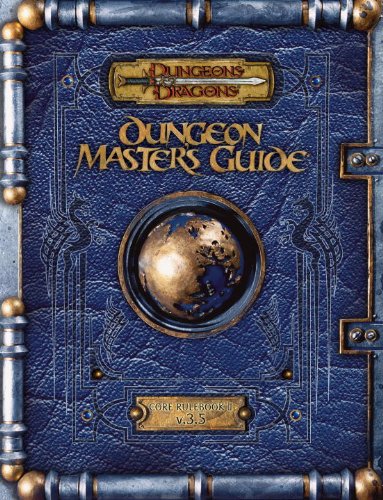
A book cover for Premium Dungeons & Dragons 3.5 Dungeon Master's Guide with Errata; Wizards RPG Team; Science Fiction & Fantasy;